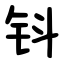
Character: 钭